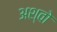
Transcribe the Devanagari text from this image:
अश्वो